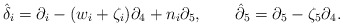
\begin{align*}\hat{{\delta }}_{i}=\partial _{i}-(w_{i}+\zeta _{i})\partial_{4}+n_{i}\partial _{5},\qquad \hat{{\partial }}_{5}=\partial _{5}-\zeta_{5}\partial _{4}. \end{align*}